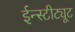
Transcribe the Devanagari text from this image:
ईन्स्टीट्यूट